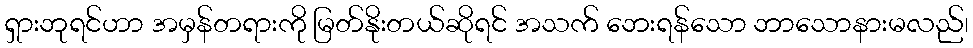
ရှားဘုရင်ဟာ အမှန်တရားကို မြတ်နိုးတယ်ဆိုရင် အသက် ဘေးရန်သော ဘာသောနားမလည်၊